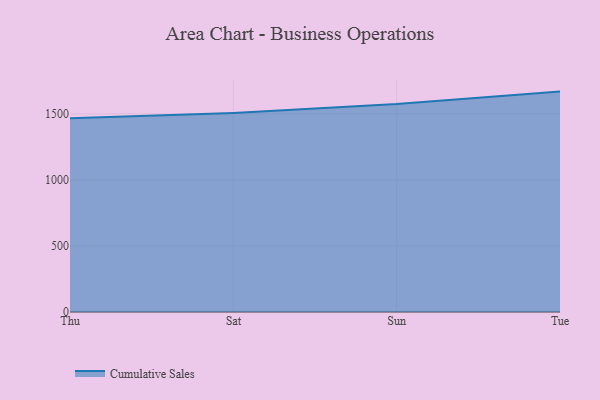
{"axis": {"x": "Day", "y": "Active Users"}, "legend": ["Cumulative Sales"], "data": [{"x": "Thu", "y": 1466.3, "type": "Cumulative Sales"}, {"x": "Sat", "y": 1507.0, "type": "Cumulative Sales"}, {"x": "Sun", "y": 1573.6, "type": "Cumulative Sales"}, {"x": "Tue", "y": 1668.3, "type": "Cumulative Sales"}]}